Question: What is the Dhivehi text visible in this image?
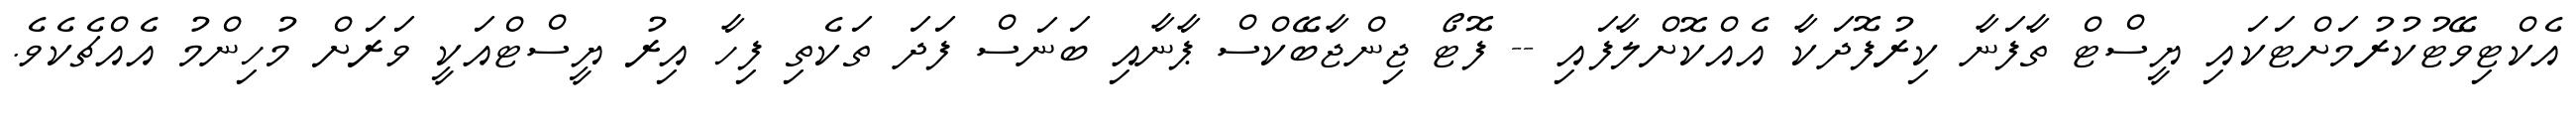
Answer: އެކްޓިވޭޓުކުރުމަށްޓަކައި ޔީސްޓް ތާފަނާ ކިރުފޮދަކާ އެއްކޮށްލާފައި -- ފޮޓޯ ޖިންޖާބޭކްސް ޕާނާއި ބަނަސް ފަދަ ތަކެތި ފިހާ އިރު ޔީސްޓްއަކީ ވަރަށް މުހިންމު އެއްޗެކެވެ.